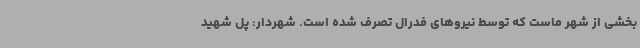
بخشی از شهر ماست که توسط نیروهای فدرال تصرف شده است. شهردار: پل شهید